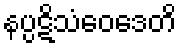
နပ္ပဋိသံဝေဒေတိ